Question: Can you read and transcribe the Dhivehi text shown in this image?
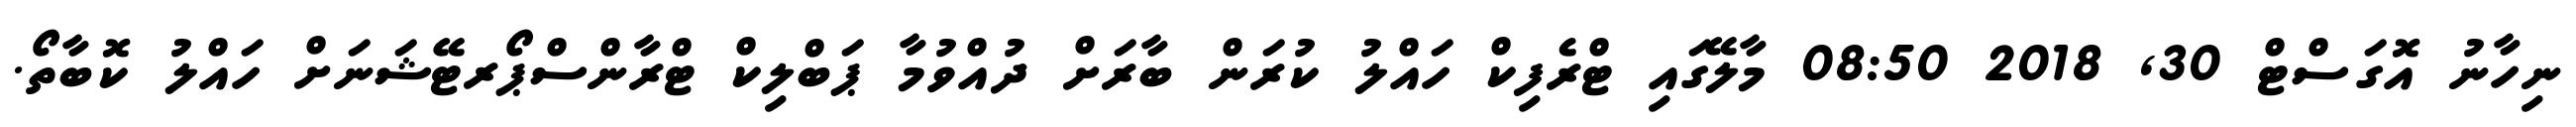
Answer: ނިހާނު އޮގަސްޓް 30, 2018 08:50 މާލޭގައި ޓްރެފިކް ހައްލު ކުރަން ބާރަށް ދުއްވުމާ ޕަބްލިކް ޓްރާންސްޕޯރޓޭޝަނަށް ހައްލު ކޮބާތޯ.